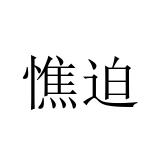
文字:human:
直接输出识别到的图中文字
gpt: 憔迫